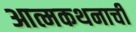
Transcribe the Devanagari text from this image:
आत्मकथनाची